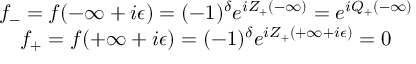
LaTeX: \begin{array} { c } { { f _ { - } = f ( - \infty + i \epsilon ) = ( - 1 ) ^ { \delta } e ^ { i Z _ { + } ( - \infty ) } = e ^ { i { \cal Q } _ { + } ( - \infty ) } } } \\ { { f _ { + } = f ( + \infty + i \epsilon ) = ( - 1 ) ^ { \delta } e ^ { i Z _ { + } ( + \infty + i \epsilon ) } = 0 } } \end{array}